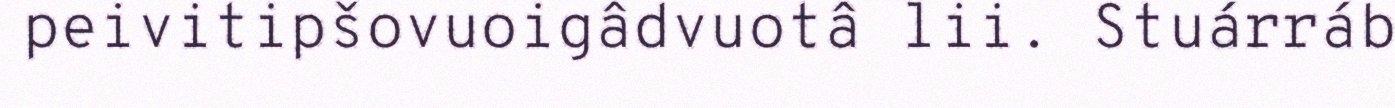
peivitipšovuoigâdvuotâ lii. Stuárráb